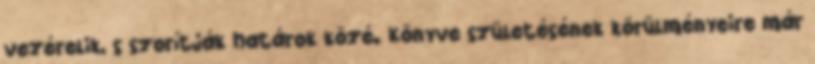
vezérelik, s szorítják határok közé. Könyve születésének körülményeire már